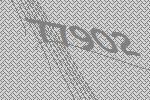
77902